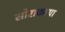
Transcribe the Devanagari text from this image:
सोराकाया